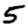
Digit: 5